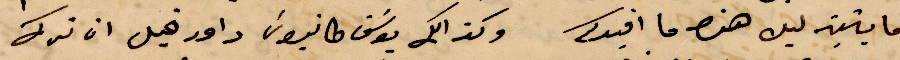
مايتين ليره هذا ما افيدكم وكذلك يوسف طنوس داود قبل ان ترك